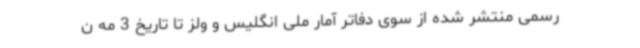
رسمی منتشر شده از سوی دفاتر آمار ملی انگلیس و ولز تا تاریخ 3 مه ن